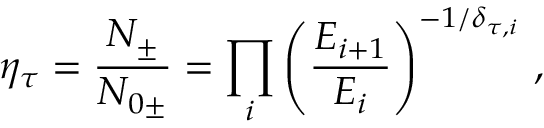
\eta _ { \tau } = \frac { N _ { \pm } } { N _ { 0 \pm } } = \prod _ { i } \left( \frac { E _ { i + 1 } } { E _ { i } } \right) ^ { - 1 / \delta _ { \tau , i } } \, ,